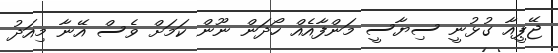
ޖޭޕީއާ ގުޅުނީ ސިޔާސީ މަންފާއެއް ހޯދަން ނޫން ކަމަށް ވެސް އޭނާ މިއަދު